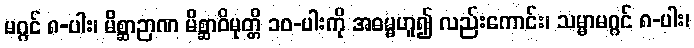
မဂ္ဂင် ၈-ပါး၊ မိစ္ဆာဉာဏ မိစ္ဆာဝိမုတ္တိ ၁၀-ပါးကို အဓမ္မဟူ၍ လည်းကောင်း၊ သမ္မာမဂ္ဂင် ၈-ပါး၊